Annual statistical returns and brief notes on vaccination in Bengal - 1909-1929
Year: 1909
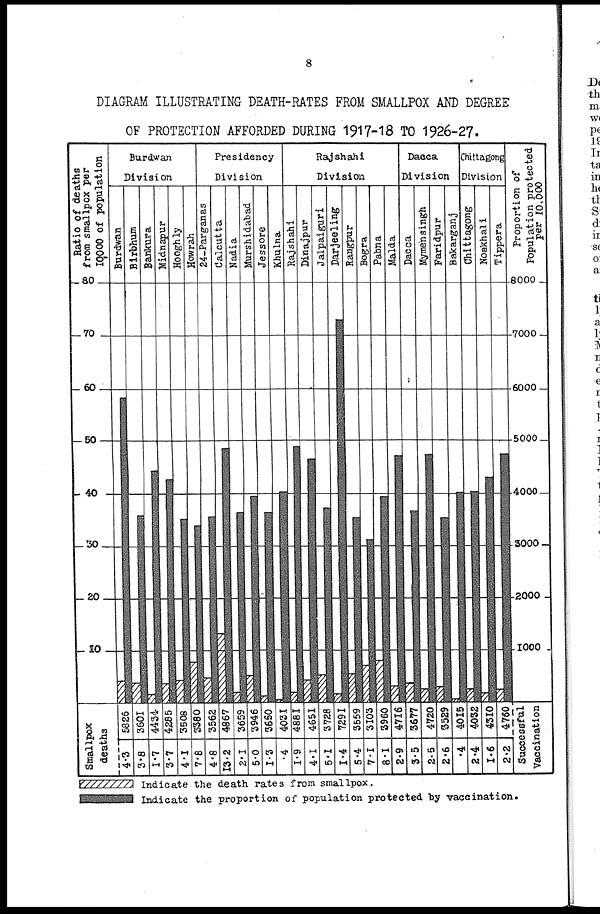
8
DIAGRAM ILLUSTRATING DEATH-RATES FROM SMALLPOX AND DEGREE
OF PROTECTION AFFORDED DURING 1917-18 TO 1926-27.